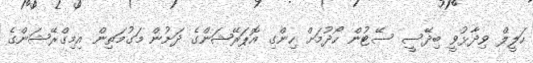
ހަލީލް ވިދާޅުވީ ބިދޭސީ ސޭޓުން ހޯދުމަށް ހިންގި އޮޕަރޭޝަންގެ ދަށުން މަގުމަތިން އިމިގްރޭޝަންގެ